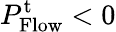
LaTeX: P_{\mathrm{Flow}}^{\mathrm{t}}<0